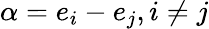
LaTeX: \alpha=e_{i}-e_{j},i\neq j